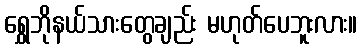
ရွှေဘိုနယ်သားတွေချည်း မဟုတ်ပေဘူးလား။